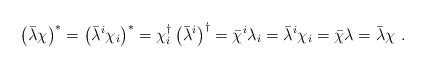
\begin{align*}\left( \bar \lambda \chi\right) ^*=\left( \bar \lambda^i \chi_i\right) ^*=\chi_i^\dagger \left( \bar \lambda^i\right) ^\dagger=\bar \chi^i \lambda_i =\bar \lambda^i\chi_i=\bar \chi \lambda =\bar \lambda\chi\ .\end{align*}